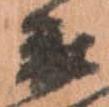
衛